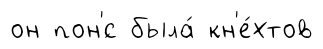
он пон'́с была́ кн'е́хтов